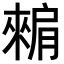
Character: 𬛕